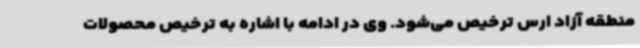
منطقه آزاد ارس ترخیص می‌شود. وی در ادامه با اشاره به ترخیص محصولات